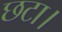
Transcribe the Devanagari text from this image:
छटा।